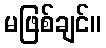
မဖြစ်ချင်။